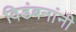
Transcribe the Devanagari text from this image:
विडंबनांनी